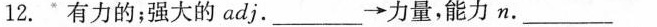
12.”有力的；强大的adj.___→力量，能力n.___